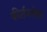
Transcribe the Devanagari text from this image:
कीर्तनसेवा